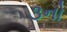
૩નો